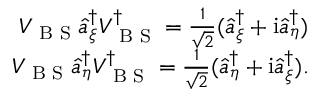
\begin{array} { r } { V _ { \textrm { B S } } \hat { a } _ { \xi } ^ { \dagger } V _ { \textrm { B S } } ^ { \dagger } = \frac { 1 } { \sqrt { 2 } } ( \hat { a } _ { \xi } ^ { \dagger } + \mathrm { i } \hat { a } _ { \eta } ^ { \dagger } ) } \\ { V _ { \textrm { B S } } \hat { a } _ { \eta } ^ { \dagger } V _ { \textrm { B S } } ^ { \dagger } = \frac { 1 } { \sqrt { 2 } } ( \hat { a } _ { \eta } ^ { \dagger } + \mathrm { i } \hat { a } _ { \xi } ^ { \dagger } ) . } \end{array}